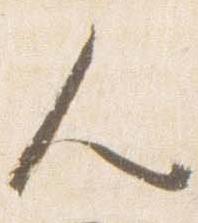
人